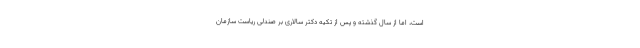
است، اما از سال گذشته و پس از تکیه دکتر سالاری بر صندلی ریاست سازمان